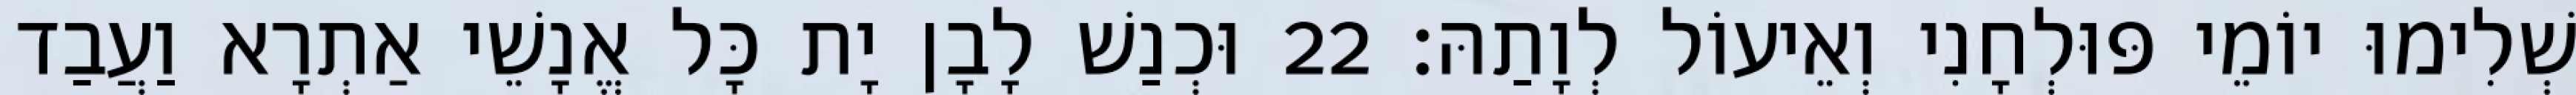
שְׁלִימוּ יוֹמֵי פּוּלְחָנִי וְאֵיעוֹל לְוָתַהּ׃ 22 וּכְנַשׁ לָבָן יָת כָּל אֱנָשֵׁי אַתְרָא וַעֲבַד